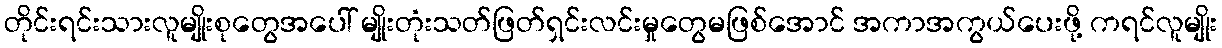
တိုင်းရင်းသားလူမျိုးစုတွေအပေါ် မျိုးတုံးသတ်ဖြတ်ရှင်းလင်းမှုတွေမဖြစ်အောင် အကာအကွယ်ပေးဖို့ ကရင်လူမျိုး